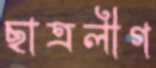
ছাত্রলীগ